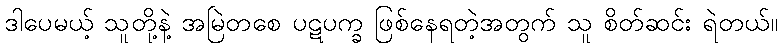
ဒါပေမယ့် သူတို့နဲ့ အမြဲတစေ ပဋပက္ခ ဖြစ်နေရတဲ့အတွက် သူ စိတ်ဆင်း ရဲတယ်။